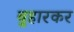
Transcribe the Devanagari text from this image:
बुहारकर